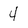
Character: 4